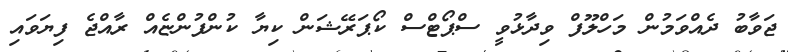
ޖަވާބު ދެއްވަމުން މަހްލޫފް ވިދާޅުވީ ސްޕޯޓްސް ކޯޕަރޭޝަން ކިޔާ ކުންފުންޏެއް ރާއްޖެ ފިޔަވައި